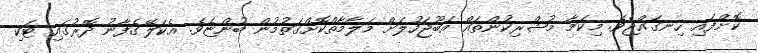
ކޮށްފައި ހިނގައްޖެވެ. މިކަމާ މުޝްރިކުންތައް އަބޫޖަހުލަށް މަލާމާތްކޮށްގަތުމުން ބުންޏެވެ. އެކަލޭގެފާނު ދޮރުގައި ޓަކި